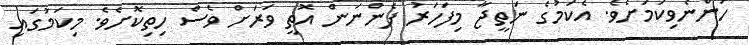
ހުންނެވިކަމަށެވެ. އެކަމުގެ ނަތީޖާ މިފަހަރު ފެންނަން އޮތީ ވަރަށް ވެސް ހިތިކޮށެވެ. މިކަމުގައި